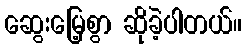
ဆွေးမြေ့စွာ ဆိုခဲ့ပါတယ်။